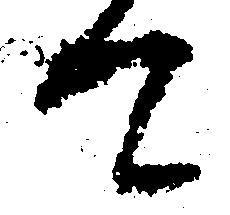
て